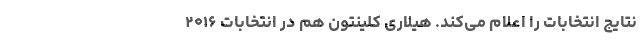
نتایج انتخابات را اعلام می‌کند. هیلاری کلینتون هم در انتخابات ۲۰۱۶